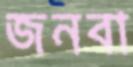
জনবা